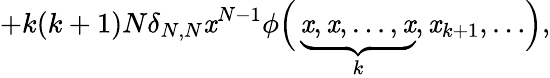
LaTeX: +k(k+1)N\delta_{N,N}\mathit{x}^{N-1}\phi\Bigl(\, \underbrace{{\mathit{x},\mathit{x},\dots,\mathit{x}}}_{k},\mathit{x}_{k+1},\dots\Bigr),